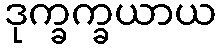
ဒုက္ခက္ခယာယ